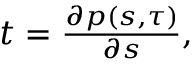
\begin{array} { r } { t = \frac { \partial p ( s , \tau ) } { \partial s } , } \end{array}